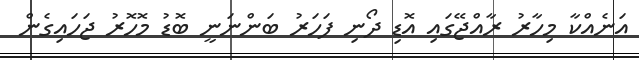
އަނެއްކާ މިހާރު ރާއްޖޭގައި އޮޑި ދޯނި ފަހަރު ބަންނަނީ ބޮޑު މޮހޮރު ޖަހައިގެން